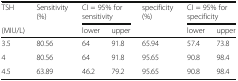
<table><thead><tr><td><b>TSH</b></td><td rowspan="2"><b>Sensitivity (%)</b></td><td colspan="2"><b>CI = 95% for sensitivity</b></td><td rowspan="2"><b>specificity (%)</b></td><td colspan="2"><b>CI = 95% for specificity</b></td></tr><tr><td><b>(MIU/L)</b></td><td><b>lower</b></td><td><b>upper</b></td><td><b>lower</b></td><td><b>upper</b></td></tr></thead><tbody><tr><td>3.5</td><td>80.56</td><td>64</td><td>91.8</td><td>65.94</td><td>57.4</td><td>73.8</td></tr><tr><td>4</td><td>80.56</td><td>64</td><td>91.8</td><td>95.65</td><td>90.8</td><td>98.4</td></tr><tr><td>4.5</td><td>63.89</td><td>46.2</td><td>79.2</td><td>95.65</td><td>90.8</td><td>98.4</td></tr></tbody></table>